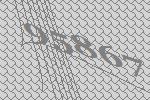
95867